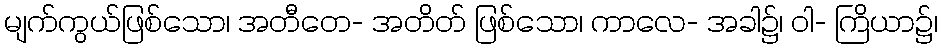
မျက်ကွယ်ဖြစ်သော၊ အတီတေ- အတိတ် ဖြစ်သော၊ ကာလေ- အခါ၌၊ ဝါ- ကြိယာ၌၊